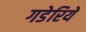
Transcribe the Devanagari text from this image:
गडेरिये